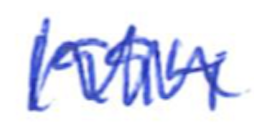
Text: 1994
Cross-out: zig-zag
Writing tool: ballpoint